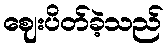
ဈေးပိတ်ခဲ့သည်